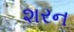
શરન